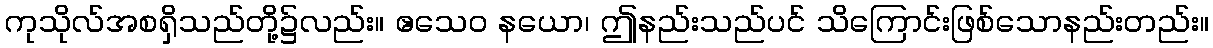
ကုသိုလ်အစရှိသည်တို့၌လည်း။ ဧသေဝ နယော၊ ဤနည်းသည်ပင် သိကြောင်းဖြစ်သောနည်းတည်း။